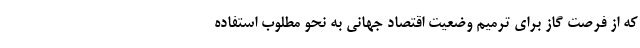
که از فرصت گاز برای ترمیم وضعیت اقتصاد جهانی به نحو مطلوب استفاده